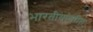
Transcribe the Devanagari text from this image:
भारतीयांवरील